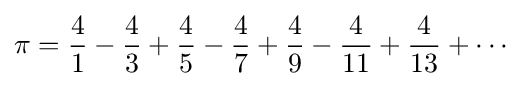
\pi ={\frac {4}{1}}-{\frac {4}{3}}+{\frac {4}{5}}-{\frac {4}{7}}+{\frac {4}{9}}-{\frac {4}{11}}+{\frac {4}{13}}+\cdots